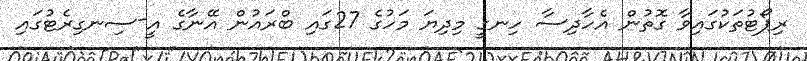
ރިޕޯޓުތަކުގައިވާ ގޮތުން އެހާދިސާ ހިނގީ މިދިޔަ މަހުގެ 27ގައި ބްރައުން އޭނާގެ އީ-ސިނގިރެޓުގައި